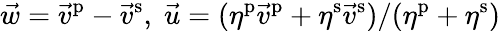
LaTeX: \vec{w}=\vec{v}^{\mathrm{p}}-\vec{v}^{\mathrm{s}},\; \vec{u}=(\eta^{\mathrm{p}}\vec{v}^{\mathrm{p}}+\eta^{\mathrm{s}}\vec{v}^{\mathrm{s}})/(\eta^{\mathrm{p}}+\eta^{\mathrm{s}})